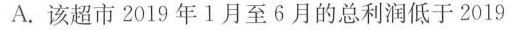
A.该超市2019年1月至6月的总利润低于2019